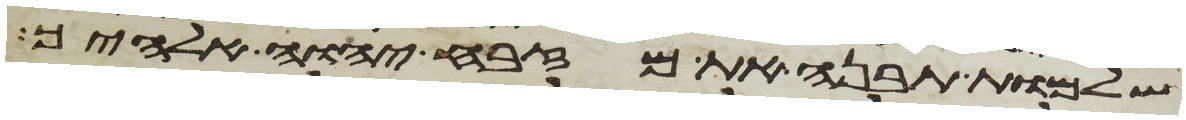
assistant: שלמות תבנה את מזבח יהוה אלהיך